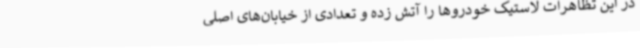
در این تظاهرات لاستیک خودروها را آتش زده و تعدادی از خیابان‌های اصلی